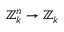
\mathbb { Z } _ { k } ^ { n } \to \mathbb { Z } _ { k }